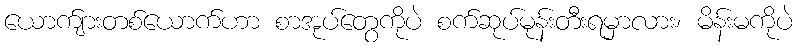
ယောက်ျားတစ်ယောက်ဟာ စာအုပ်တွေကိုပဲ စက်ဆုပ်မုန်းတီးရမှာလား၊ မိန်းမကိုပဲ